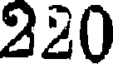
220